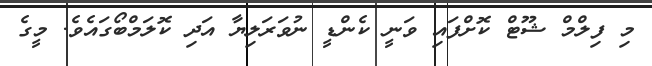
މި ފިލްމް ޝޫޓް ކޮށްފައި ވަނީ ކެންޑީ ނުވަރަލިޔާ އަދި ކޮލަމްބޯގައެވެ. މީގެ